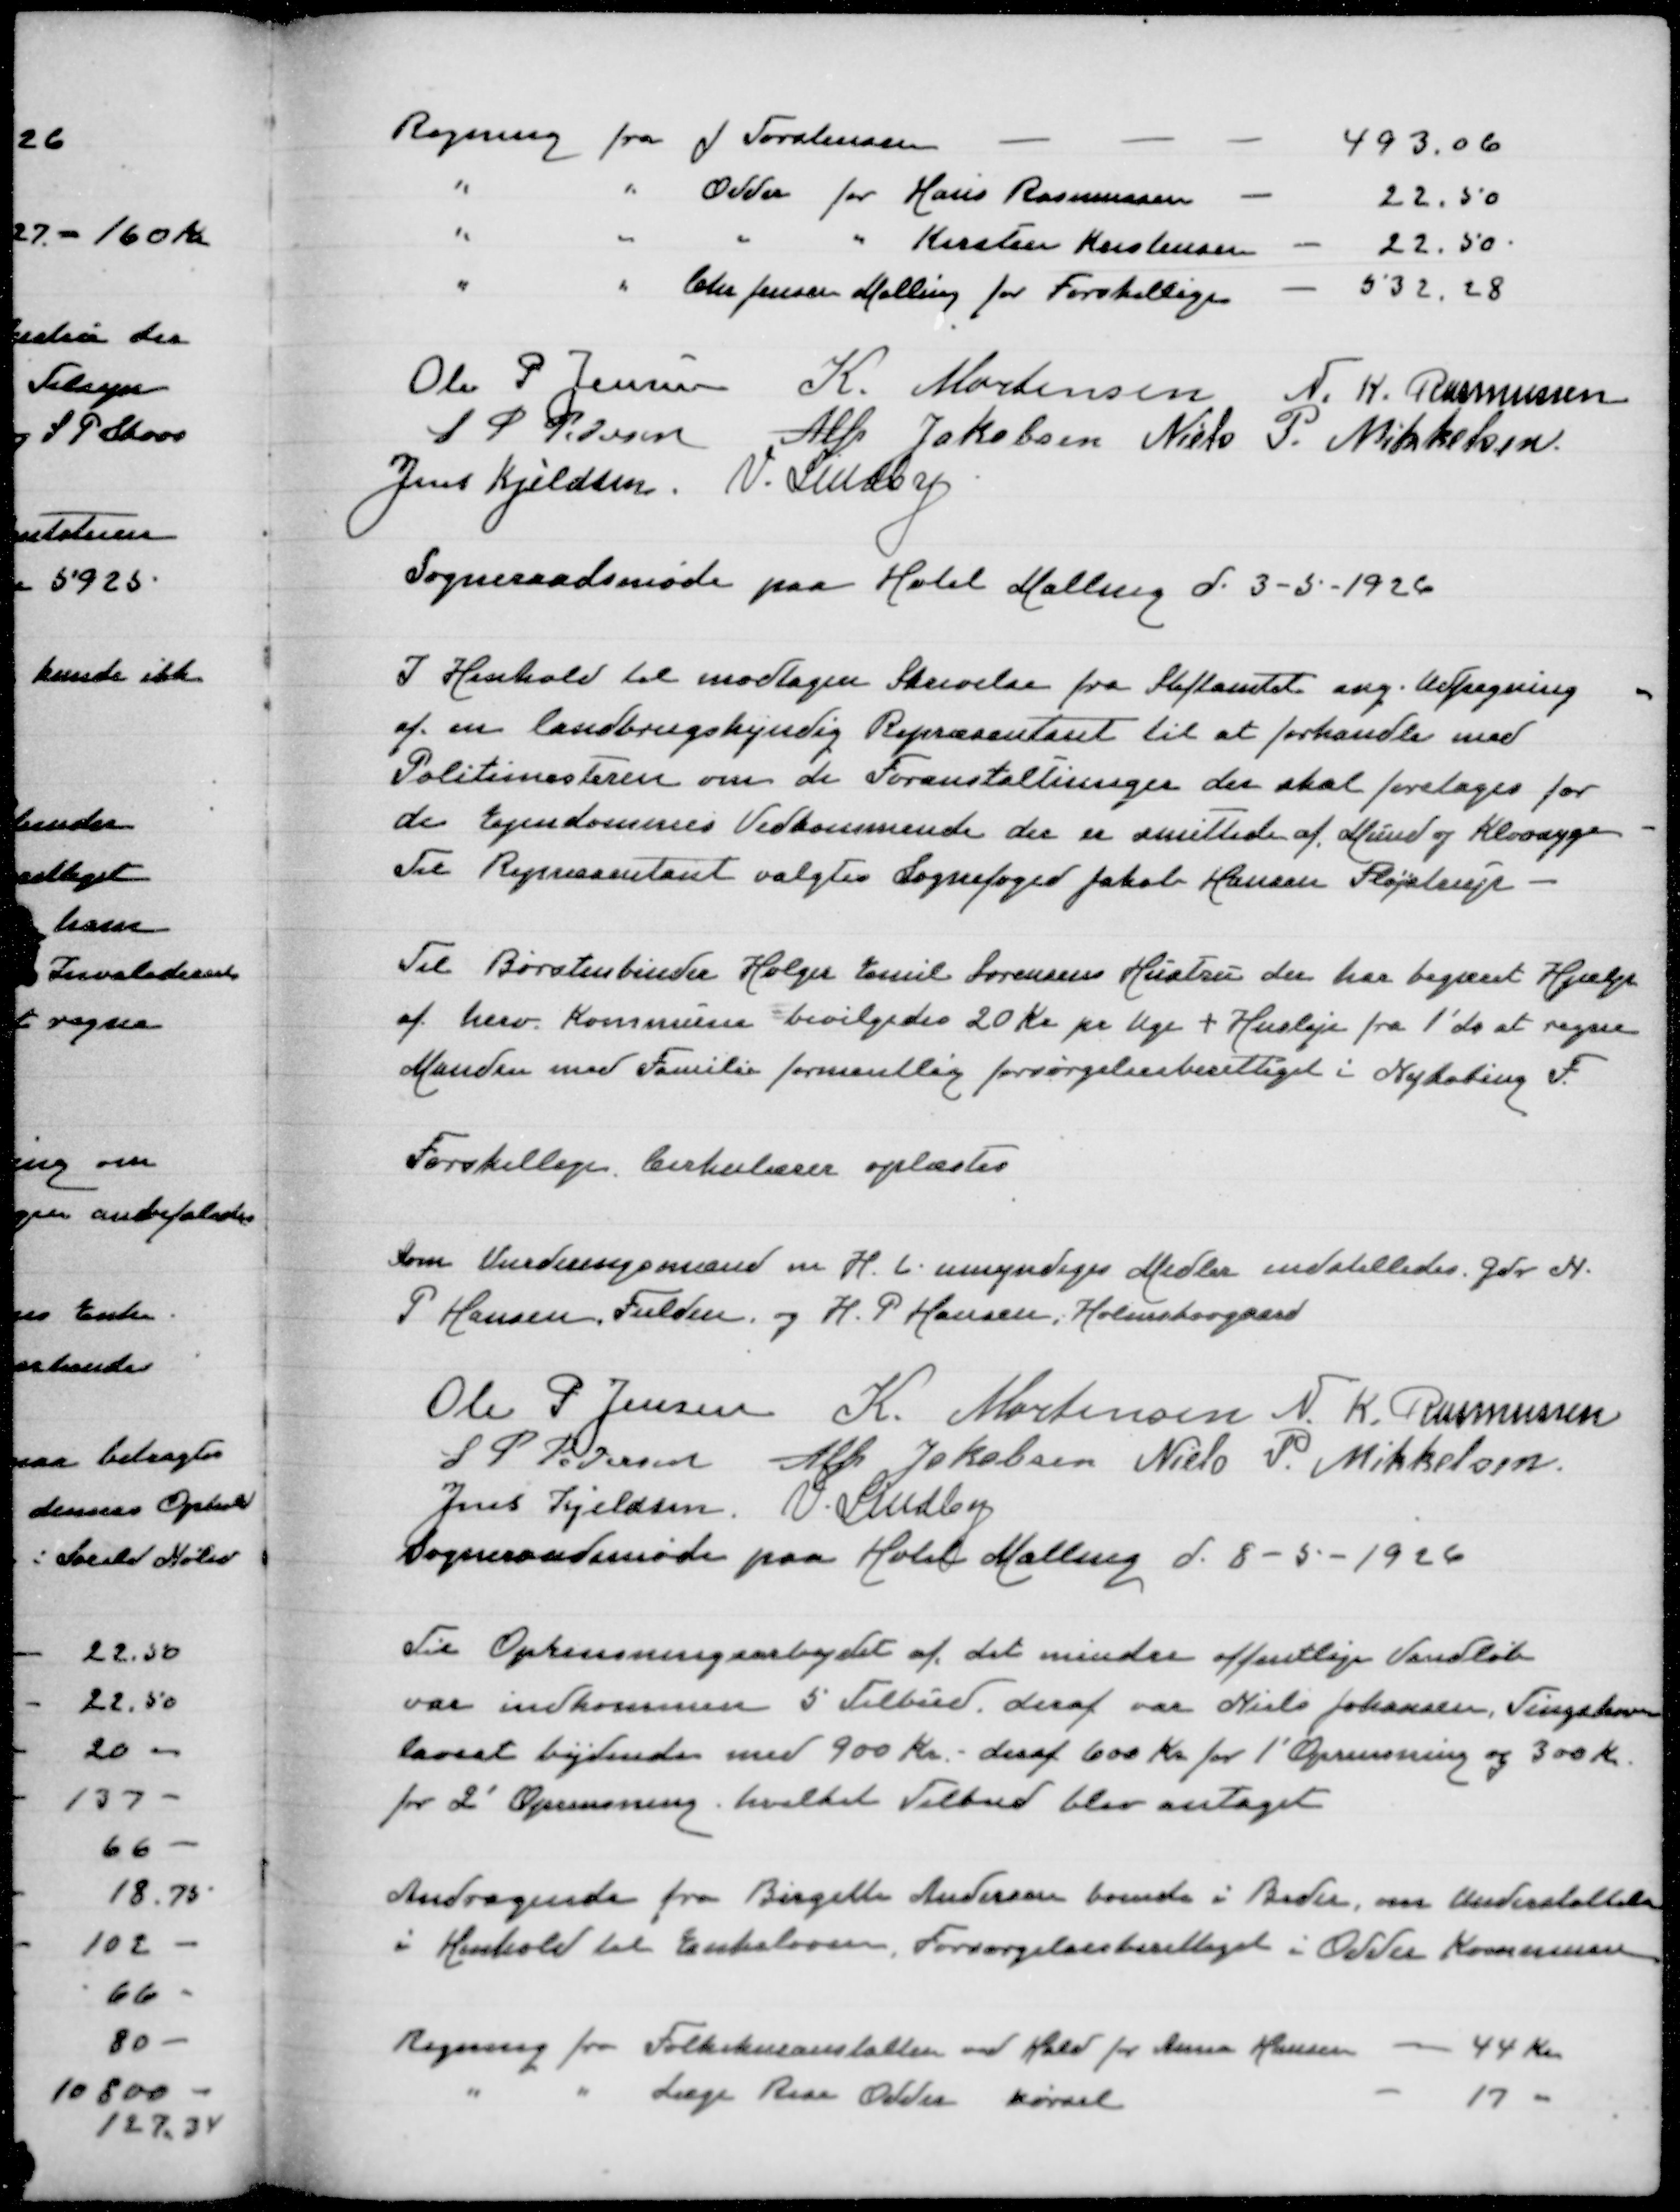
Transskription:
Regning fra J Torstensen
493,06
" " Odder for Hans Rasmussen
22,50
" " " " Kirsten Kristensen
22,50
" " Chr Jensen Malling for Forskellige
532,28

Ole P Jensen
K Mortensen
N K Rasmussen
S P Pedersen
Alfr Jakobsen
Niels P Mikkelsen
Jens Kjeldsen
V Lindby
Sogneraadsmøde paa Hotel Malling d 3-5-1926

I Henhold til modtagen Skrivelse fra Stiftamtet ang Udpegning
af en landbrugskyndig Repræsentant til at forhandle med
Politimesteren om de Foranstaltninger der skal foretages for
de Ejendommes Vedkommende der er smittede af Mund og Klovsyge
Til Repræsentant valgtes Sognefoged Jakob Hansen Fløjstrup

Til Børstenbinder Holger Emil Sørensens Hustru der har begæret Hjælp
af herv Kommune bevilgedes 20 Kr pr Uge + Husleje 1' ds at regne
Manden med Familie formentlig forsørgelsesberettiget i Nykøbing F

Forskellige Cirkulærer oplæstes

Som Vurderingsmand m H t umyndiges Midler indstilledes Gdr N
P Hansen Fulden og H P Hansen Holmskovgaard

Ole P Jensen
K Mortensen
N K Rasmussen
S P Pedersen
Alfr Jakobsen
Niels P Mikkelsen
Jens Kjeldsen
V Lindby
Sogneraadsmøde paa Hotel Malling d 8-5-1926

Til Oprensningsarbejdet af det mindre offentlige Vandløb
var indkommen 5 Tilbud deraf var Niels Johansen, Tingskoven
lavest bydende med 900 Kr - deraf 600 Kr for 1' Oprensning og 300 Kr
for 2' Oprensning, hvilket Tilbud blev vedtaget

Andragende fra Birgitte Andersen boende i Beder om Understøttelse
i Henhold til Enkeloven, Forsørgelsesberettiget i Odder Kommune

Regning fra Folkekuranstalten ved Hald for Anna Hansen
44 Kr
" " Læge Rise Odder Kørsel
17